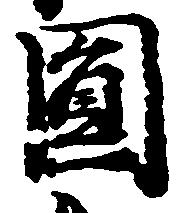
円